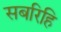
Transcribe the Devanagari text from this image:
सबरिहि